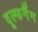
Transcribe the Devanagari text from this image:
वूल्फगैंग